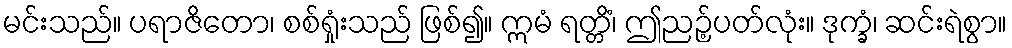
မင်းသည်။ ပရာဇိတော၊ စစ်ရှုံးသည် ဖြစ်၍။ ဣမံ ရတ္တိံ၊ ဤညဉ့်ပတ်လုံး။ ဒုက္ခံ၊ ဆင်းရဲစွာ။